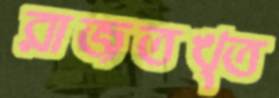
রাজতখ্‌ত